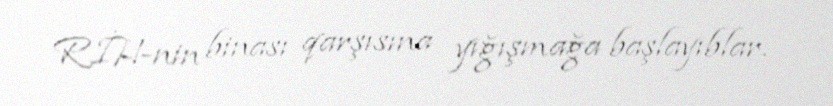
RİH-nin binası qarşısına yığışmağa başlayıblar.